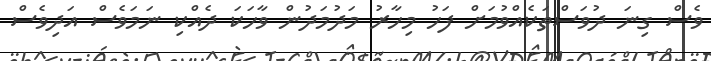
ވެސް ގިނަ ދުވަސްތަކެއްވުމަށް ފަހު މިހާރު މަދުމަދުން ވާހަކަ ދެއްކި ނަމަވެސް އަދިވެސް